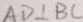
A D \bot B C